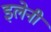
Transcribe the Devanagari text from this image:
इलेनी